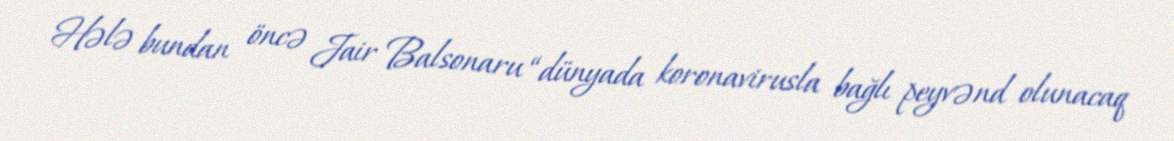
Hələ bundan öncə Jair Balsonaru “dünyada koronavirusla bağlı peyvənd olunacaq